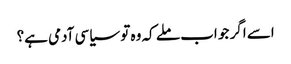
اسے اگر جو اب ملے کہ وہ تو سیاسی آدمی ہے؟